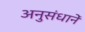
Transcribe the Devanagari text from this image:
अनुसंधानें